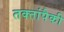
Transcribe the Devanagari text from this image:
तक्तांपैकी